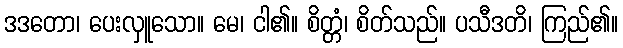
ဒဒတော၊ ပေးလှူသော။ မေ၊ ငါ၏။ စိတ္တံ၊ စိတ်သည်။ ပသီဒတိ၊ ကြည်၏။